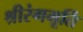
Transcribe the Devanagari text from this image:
श्रीरंगमूर्ति